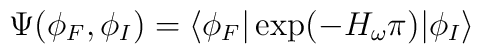
\Psi(\phi_F,\phi_I) = \langle \phi_F|\exp({-H_{\omega}\pi})|\phi_I  \rangle